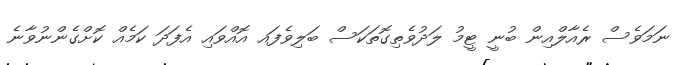
ނަމަވެސް ރެއާލްއިން ބުނީ ޓީމު ލަދުވެތިގޮތަކަސް ބަލިވެފައ އޮއްވައި އެފަދަ ކަމެއް ކޮށްގެންނުވާނެ